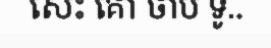
សេះ គោ ចាប ទូ..